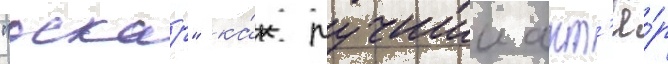
"оскар" ка́к лучшии акт'ё́р